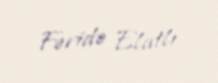
Fəridə Elatlı